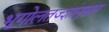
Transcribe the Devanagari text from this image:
भूगोलतज्ज्ञांनुसार